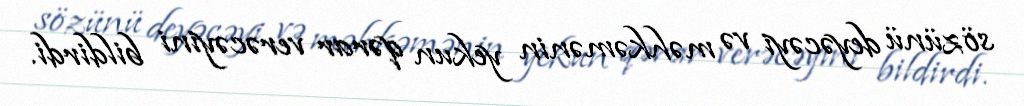
sözünü deyəcəyi və məhkəmənin yekun qərar verəcəyini bildirdi.